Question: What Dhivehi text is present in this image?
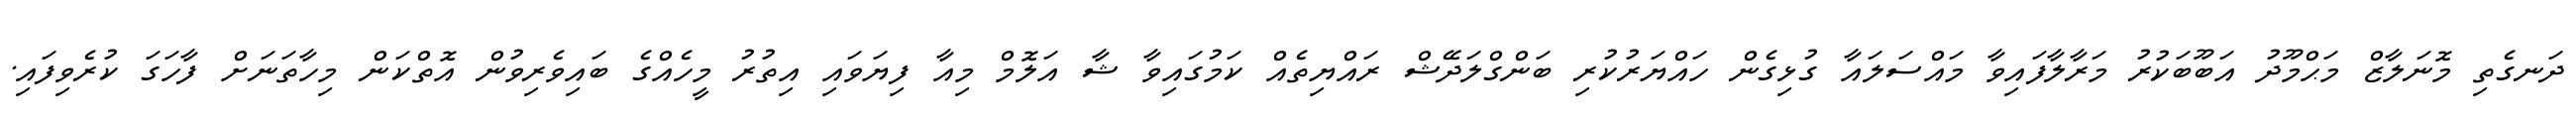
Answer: ދަނގެތި މޮނަލާޒް މަޙްމޫދު އަބޫބަކުރު މަރާލާފައިވާ މައްސަލައާ ގުޅިގެން ހައްޔަރުކުރި ބަންގްލަދޭޝް ރައްޔިތެއް ކަމުގައިވާ ޝާ އަލޮމް މިއާ ފިޔަވައި އިތުރު މީހެއްގެ ބައިވެރިވުން އޮތްކަން މިހާތަނަށް ފާހަގަ ކުރެވިފައި.